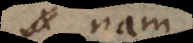
nam